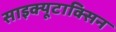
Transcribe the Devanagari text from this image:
साइक्यूटाक्सिन